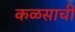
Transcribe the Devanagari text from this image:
कळसाची